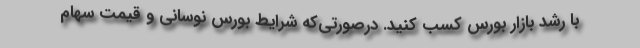
با رشد بازار بورس کسب کنید. درصورتی‌که شرایط بورس نوسانی و قیمت سهام